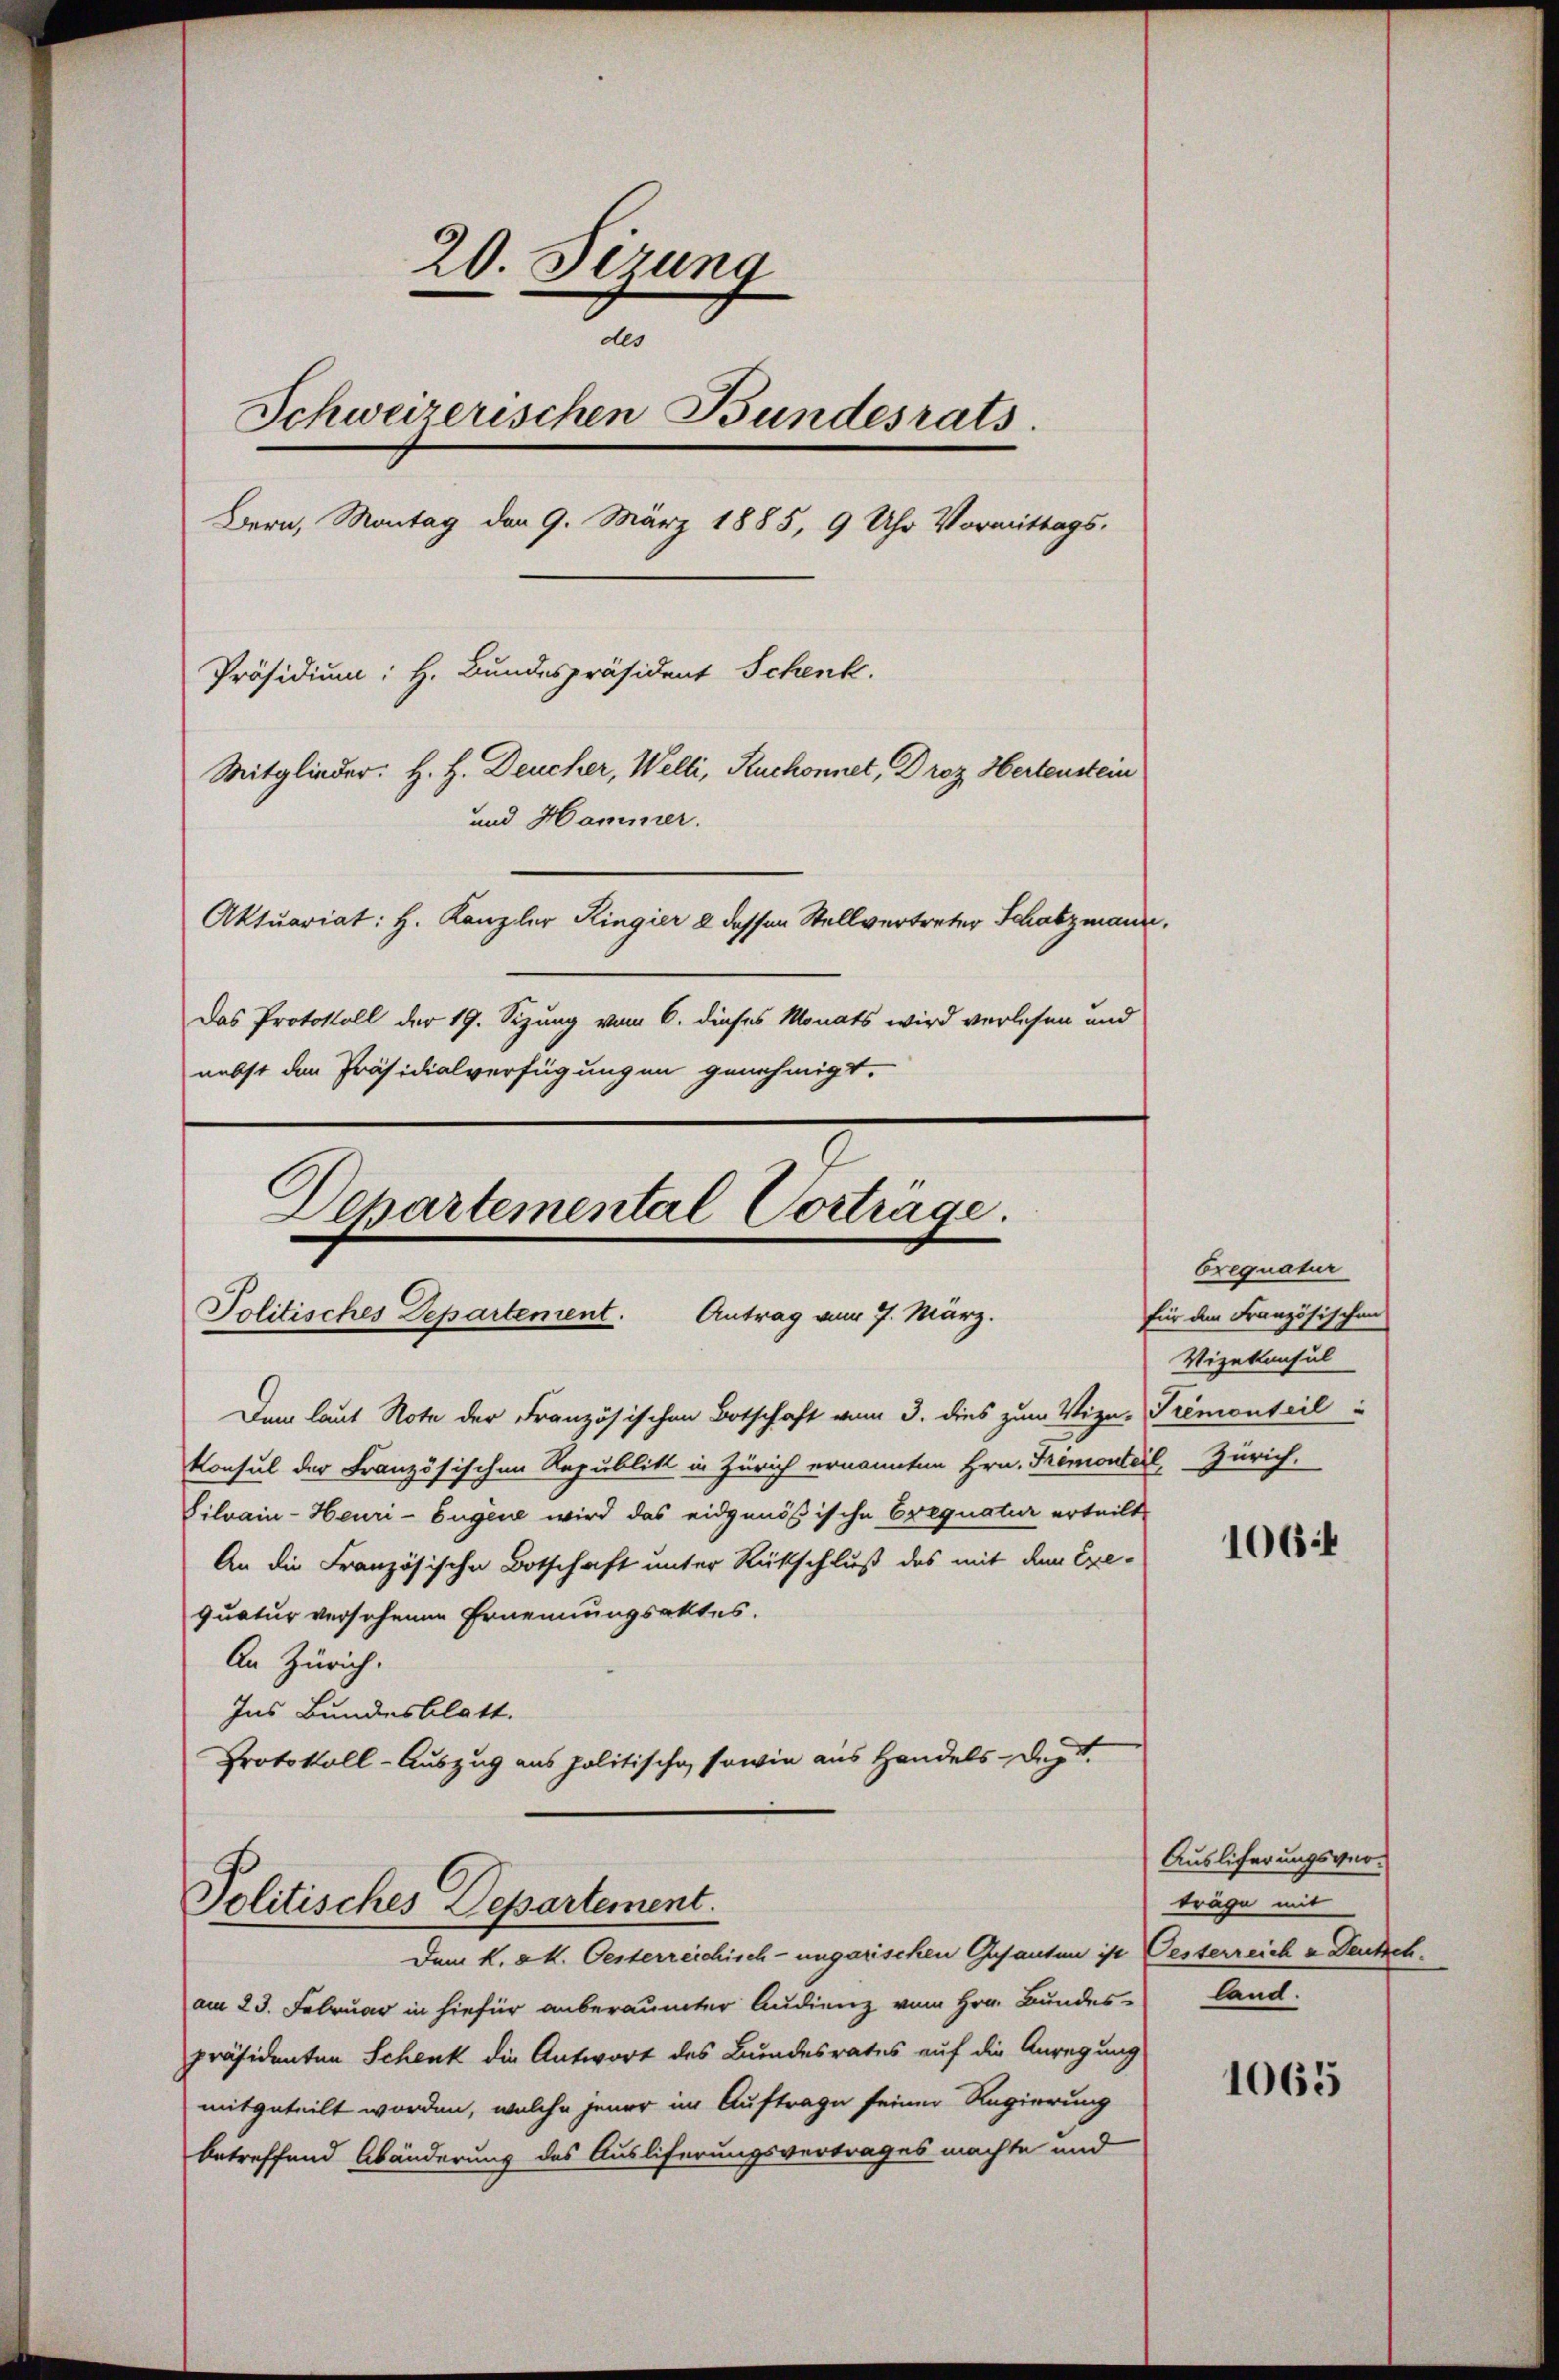
20. Sezung
do
Schweizerischen Bundesrats.
Bern, Montag den 9. März 1885, 9 Uhr Vormittags-
Präsidium: H. Bundespräsident Schenk.
Mitglieder: H. H. Deucher, Welti, Ruchonnet, Droz. Hertenstein
und Hammer.
Aktuariat: H. Kanzler Ringier 2 dessen Stellvertreter Schatzmann,
Das Protokoll der 19. Sizung vom 6. dieses Monats wird verlesen und
nebst den Präsidialverfügungen genehmigt.

Departemental Vorträge.
Politisches Departement. Antrag vom 7. März.

Dem laut Note der Französischen Botschaft vom 3. dies zum Vize-Premonteil
Konsul der Französischen Republik in Zürich ernannten Hrn. Tremonteil, Zürich.
Silvain-Heuri-Eugene wird das eidgenößische Crequatur erteilt
An die Französische Botschaft unter Rückschluß des mit dem Exe-
quatur versehenen Ernennungsaktes.
An Zürich.
Ins Bundesblatt.
Protokoll-Auszug aus politische, sowie aus Handels-Dept.

Dem K. K. Oesterreichisch-ungarischen Gesanten ist Oesterreich u Deutsch.
am 23. Februar in hiefür anberaumter Audienz vom Hrn. Bundes land.
präsidenten Schenk die Antwort des Bundesrates auf die Anregung
mitgeteilt worden, welche jener im Auftrage seiner Regierung
betreffend Abänderung des Ausliferungsvertrages machte und

Politisches Departement.

brequatur
für den Französischen
Vizekonsul

1064

Ausliferungsverträge mit

1065